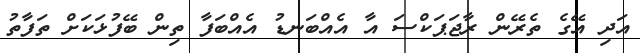
އަދި އޭގެ ތެރޭން ރާޖަޕަކްސަ އާ އެއްބަނޑު އެއްބަފާ ތިން ބޭފުޅަކަށް ތަފާތު